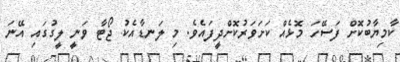
ކާމިޔާބުކޮށް ފަސޭހަ މޮޅެއް ކަށަވަރުކޮށްދީފައެވެ. މި ލަނޑާއެކު ޖޯޓާ ވަނީ ލީގުގައި އޭނަ